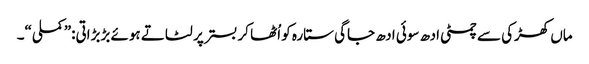
ماں کھڑکی سے چمٹی ادھ سوئی ادھ جاگی ستارہ کو اُٹھا کر بستر پر لٹاتے ہوئے بڑبڑاتی:”کملی“۔